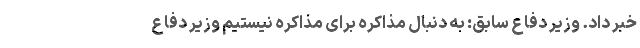
خبر داد. وزیر دفاع سابق: به دنبال مذاکره برای مذاکره نیستیم وزیر دفاع